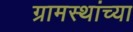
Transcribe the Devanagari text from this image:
ग्रामस्‍थांच्‍या